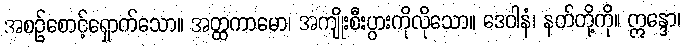
အစဉ်စောင့်ရှောက်သော။ အတ္ထကာမော၊ အကျိုးစီးပွားကိုလိုသော။ ဒေဝါနံ၊ နတ်တို့ကို။ ဣန္ဒော၊